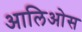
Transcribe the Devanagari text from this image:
आलिओस